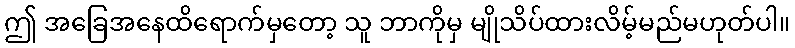
ဤ အခြေအနေထိရောက်မှတော့ သူ ဘာကိုမှ မျိုသိပ်ထားလိမ့်မည်မဟုတ်ပါ။